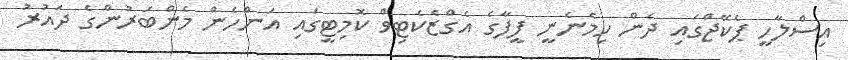
އިސްލާހީ ޕެކޭޖްގައި ދެން ހިމެނެނީ ފީފާގެ އެގްޒެކެޓިވް ކޮމިޓީގައި އަންހެން މެންބަރުންގެ ދައުރު